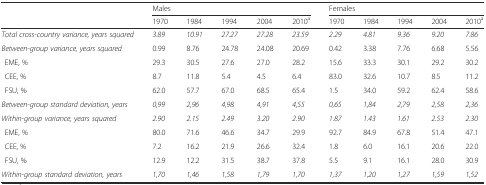
|  | <COLSPAN=5> Males | <COLSPAN=5> Females |
 |  | 1970 | 1984 | 1994 | 2004 | 2010a | 1970 | 1984 | 1994 | 2004 | 2010a |
 | --- | --- | --- | --- | --- | --- | --- | --- | --- | --- | --- |
 | Total cross-country variance, years squared | 3.89 | 10.91 | 27.27 | 27.28 | 23.59 | 2.29 | 4.81 | 9.36 | 9.20 | 7.86 |
 | Between-group variance, years squared | 0.99 | 8.76 | 24.78 | 24.08 | 20.69 | 0.42 | 3.38 | 7.76 | 6.68 | 5.56 |
 | EME, % | 29.3 | 30.5 | 27.6 | 27.0 | 28.2 | 15.6 | 33.3 | 30.1 | 29.2 | 30.2 |
 | CEE, % | 8.7 | 11.8 | 5.4 | 4.5 | 6.4 | 83.0 | 32.6 | 10.7 | 8.5 | 11.2 |
 | FSU, % | 62.0 | 57.7 | 67.0 | 68.5 | 65.4 | 1.5 | 34.0 | 59.2 | 62.4 | 58.6 |
 | Between-group standard deviation, years | 0,99 | 2,96 | 4,98 | 4,91 | 4,55 | 0,65 | 1,84 | 2,79 | 2,58 | 2,36 |
 | Within-group variance, years squared | 2.90 | 2.15 | 2.49 | 3.20 | 2.90 | 1.87 | 1.43 | 1.61 | 2.53 | 2.30 |
 | EME, % | 80.0 | 71.6 | 46.6 | 34.7 | 29.9 | 92.7 | 84.9 | 67.8 | 51.4 | 47.1 |
 | CEE, % | 7.2 | 16.2 | 21.9 | 26.6 | 32.4 | 1.8 | 6.0 | 16.1 | 20.6 | 22.0 |
 | FSU, % | 12.9 | 12.2 | 31.5 | 38.7 | 37.8 | 5.5 | 9.1 | 16.1 | 28.0 | 30.9 |
 | Within-group standard deviation, years | 1,70 | 1,46 | 1,58 | 1,79 | 1,70 | 1,37 | 1,20 | 1,27 | 1,59 | 1,52 |